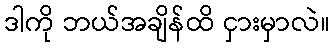
ဒါကို ဘယ်အချိန်ထိ ငှားမှာလဲ။